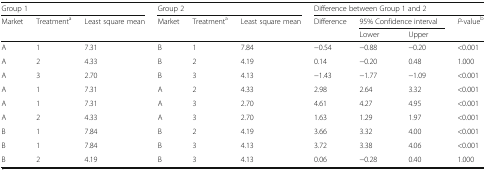
<table><thead><tr><td colspan="3"><b>Group 1</b></td><td colspan="3"><b>Group 2</b></td><td colspan="4"><b>Difference between Group 1 and 2</b></td></tr><tr><td><b>Market</b></td><td><b>Treatment<sup>a</sup></b></td><td><b>Least square mean</b></td><td><b>Market</b></td><td><b>Treatment<sup>a</sup></b></td><td><b>Least square mean</b></td><td><b>Difference</b></td><td colspan="2"><b>95% Confidence interval</b></td><td><b><i>P</i>-value<sup>b</sup></b></td></tr><tr><td></td><td></td><td></td><td></td><td></td><td></td><td></td><td><b>Lower</b></td><td><b>Upper</b></td><td></td></tr></thead><tbody><tr><td>A</td><td>1</td><td>7.31</td><td>B</td><td>1</td><td>7.84</td><td>−0.54</td><td>−0.88</td><td>−0.20</td><td>&lt;0.001</td></tr><tr><td>A</td><td>2</td><td>4.33</td><td>B</td><td>2</td><td>4.19</td><td>0.14</td><td>−0.20</td><td>0.48</td><td>1.000</td></tr><tr><td>A</td><td>3</td><td>2.70</td><td>B</td><td>3</td><td>4.13</td><td>−1.43</td><td>−1.77</td><td>−1.09</td><td>&lt;0.001</td></tr><tr><td>A</td><td>1</td><td>7.31</td><td>A</td><td>2</td><td>4.33</td><td>2.98</td><td>2.64</td><td>3.32</td><td>&lt;0.001</td></tr><tr><td>A</td><td>1</td><td>7.31</td><td>A</td><td>3</td><td>2.70</td><td>4.61</td><td>4.27</td><td>4.95</td><td>&lt;0.001</td></tr><tr><td>A</td><td>2</td><td>4.33</td><td>A</td><td>3</td><td>2.70</td><td>1.63</td><td>1.29</td><td>1.97</td><td>&lt;0.001</td></tr><tr><td>B</td><td>1</td><td>7.84</td><td>B</td><td>2</td><td>4.19</td><td>3.66</td><td>3.32</td><td>4.00</td><td>&lt;0.001</td></tr><tr><td>B</td><td>1</td><td>7.84</td><td>B</td><td>3</td><td>4.13</td><td>3.72</td><td>3.38</td><td>4.06</td><td>&lt;0.001</td></tr><tr><td>B</td><td>2</td><td>4.19</td><td>B</td><td>3</td><td>4.13</td><td>0.06</td><td>−0.28</td><td>0.40</td><td>1.000</td></tr></tbody></table>